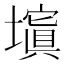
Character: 𡒆